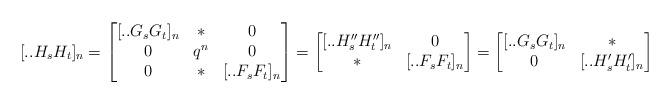
LaTeX: \begin{align*}[..H_sH_t]_n=\begin{bmatrix}[..G_sG_t]_n&*&0\\0&q^n&0\\0&*&[..F_sF_t]_n\end{bmatrix}=\begin{bmatrix}[..H_s''H_t'']_n&0\\ *&[..F_sF_t]_n\end{bmatrix}=\begin{bmatrix}[..G_sG_t]_n&*\\ 0&[..H_s'H_t']_n\end{bmatrix}\end{align*}